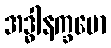
အဒ္ဓါနက္ခမော